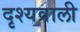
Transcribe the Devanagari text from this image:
दृश्यवाली